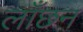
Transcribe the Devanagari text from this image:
लाँछन